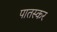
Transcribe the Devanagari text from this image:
पातस्कर